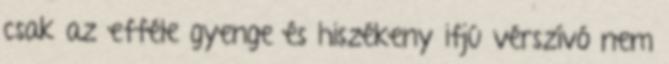
csak az efféle gyenge és hiszékeny ifjú vérszívó nem